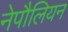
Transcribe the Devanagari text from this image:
नेपौलियन